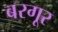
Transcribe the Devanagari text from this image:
बरगूर